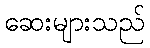
ဆေးများသည်